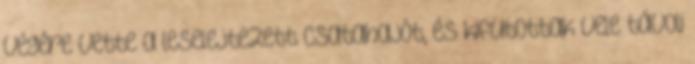
végére vette a leselejtezett csatahajót, és kifutottak vele távoli